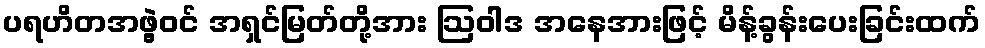
ပရဟိတအဖွဲ့ဝင် အရှင်မြတ်တို့အား ဩဝါဒ အနေအားဖြင့် မိန့်ခွန်းပေးခြင်းထက်